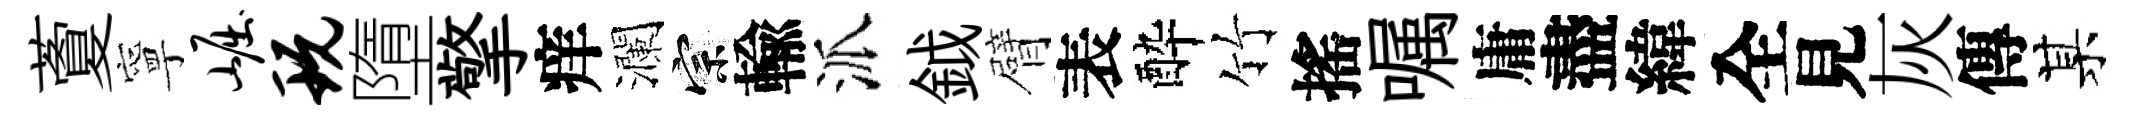
藑寧崛玩墮擎痒瀾宗輸派鉞臂表酔竹搖嘱庸盡緯全見灰傳某